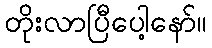
တိုးလာပြီပေါ့နော်။